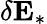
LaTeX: \delta\mathbf{E}_{*}